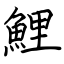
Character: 鯉